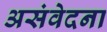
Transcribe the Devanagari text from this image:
असंवेदना